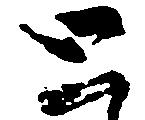
と